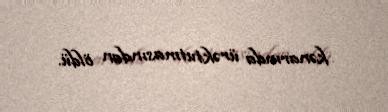
kənarında ürəktutmasından öldü.